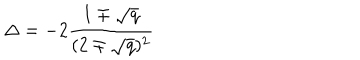
LaTeX: \Delta = - 2 { \frac { 1 \mp \sqrt { q } } { ( 2 \mp \sqrt { q } ) ^ { 2 } } }